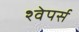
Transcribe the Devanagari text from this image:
श्वेपर्स